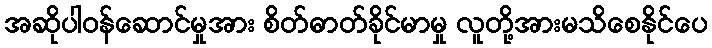
အဆိုပါဝန်ဆောင်မှုအား စိတ်ဓာတ်ခိုင်မာမှု လူတို့အားမသိစေနိုင်ပေ